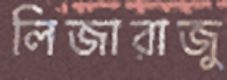
লিজারাজু